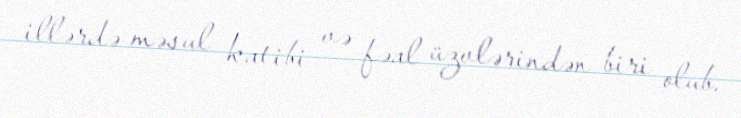
illərdə məsul katibi və fəal üzvlərindən biri olub.